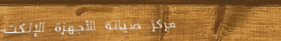
مركز صيانة الأجهزة الإلكت